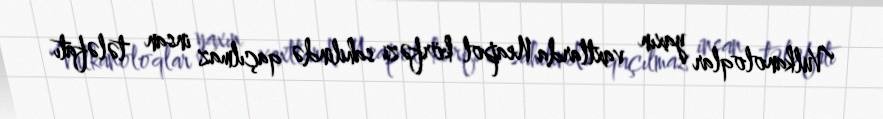
Vulkanoloqlar yaxın vaxtlarda Neapol körfəzi sahilində qaçılmaz insan tələfatı